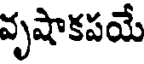
వృషాకపయే